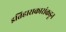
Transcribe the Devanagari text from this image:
इतिहासकारांकडून